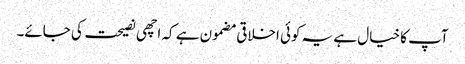
آپ کا خیال ہے یہ کوئی اخلاقی مضمون ہے کہ اچھی نصیحت کی جائے۔